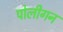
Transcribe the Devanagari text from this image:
पोलीगन